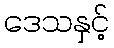
ဒေသနှင့်